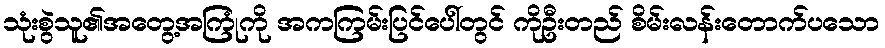
သုံးစွဲသူ၏အတွေ့အကြုံကို အကကြမ်းပြင်ပေါ်တွင် ကိုဦးတည် စိမ်းလန်းတောက်ပသော